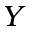
Y